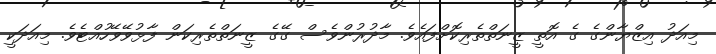
މިއަދު އިޒްޔާންގެ ގެ އޮތީ ޒީނަތްތެރިކޮށްފައެވެ. މާދުރުންވެސް ގޭގެ ޒީނަތްތެރިކަން ފާޅުވޭވޭހުއްޓެވެ. މިއަދަކީ